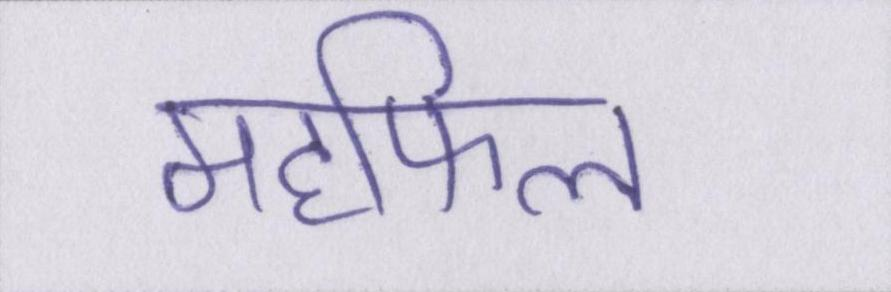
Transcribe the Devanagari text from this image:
महफिल